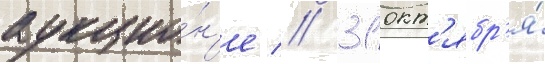
аукцио́н'е // 31 окт'ябр'я́